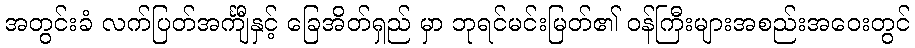
အတွင်းခံ လက်ပြတ်အင်္ကျီနှင့် ခြေအိတ်ရှည် မှာ ဘုရင်မင်းမြတ်၏ ဝန်ကြီးများအစည်းအဝေးတွင်